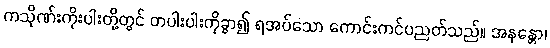
ကသိုဏ်းကိုးပါးတို့တွင် တပါးပါးကိုခွာ၍ ရအပ်သော ကောင်းကင်ပညတ်သည်။ အနန္တော၊